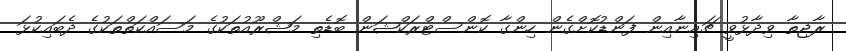
ރާޖިތާ ވިދާޅުވީ ޗައިނާއިން ފަންޑުކޮށްގެން ހިންގާ ކޮންސްޓްރަކްޝަން ބޮޑެތި މަޝްރޫއުތަކުގެ މަސައްކަތްތަކުގެ ދެބައިކުޅަ